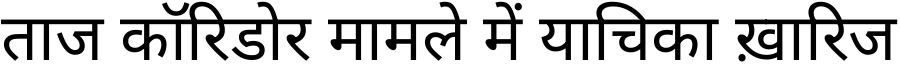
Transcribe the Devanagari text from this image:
ताज कॉरिडोर मामले में याचिका ख़ारिज